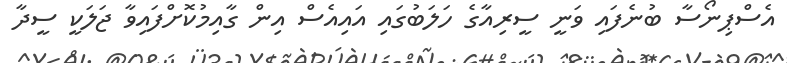
އެސްޕިނޯސާ ބުނެފައި ވަނީ ސީރިއާގެ ހަލަބުގައި އައިއެސް އިން ގާއިމުކޮށްފައިވާ ޖަލަކީ ސީދާ